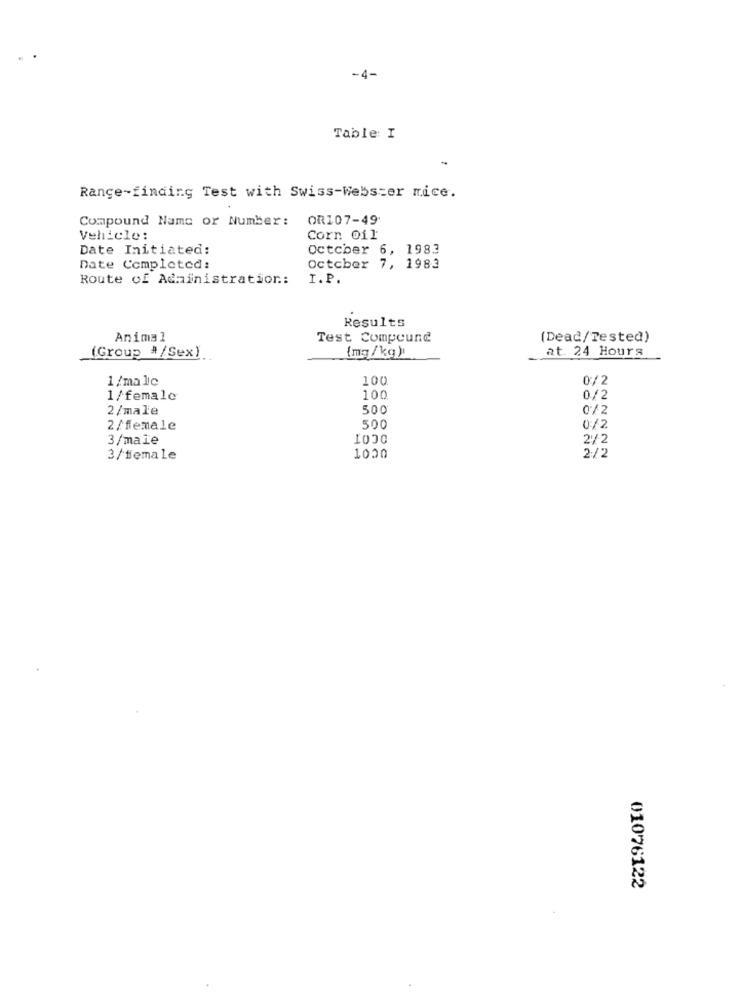
-4-
Table I
Rance-finding Test with Swiss-Webster mice.
Compound Name or Number:
OR107-49
Vehicle:
Corn Oil
Date Initiated:
October 6, 1983
Date Completed:
October 7, 1983
Route of Adainistration:
I.P.
Results
Animal
Test Compound
(Dead/Tested)
{mg /kg )
at. 24 Hours
(Group #/Sex).
1/male
100
0/2
1/female
100
0/2
2/male
500
0/2
2/female
500
0/2
3/male
2/2
3/female
1020
2/2
01076122